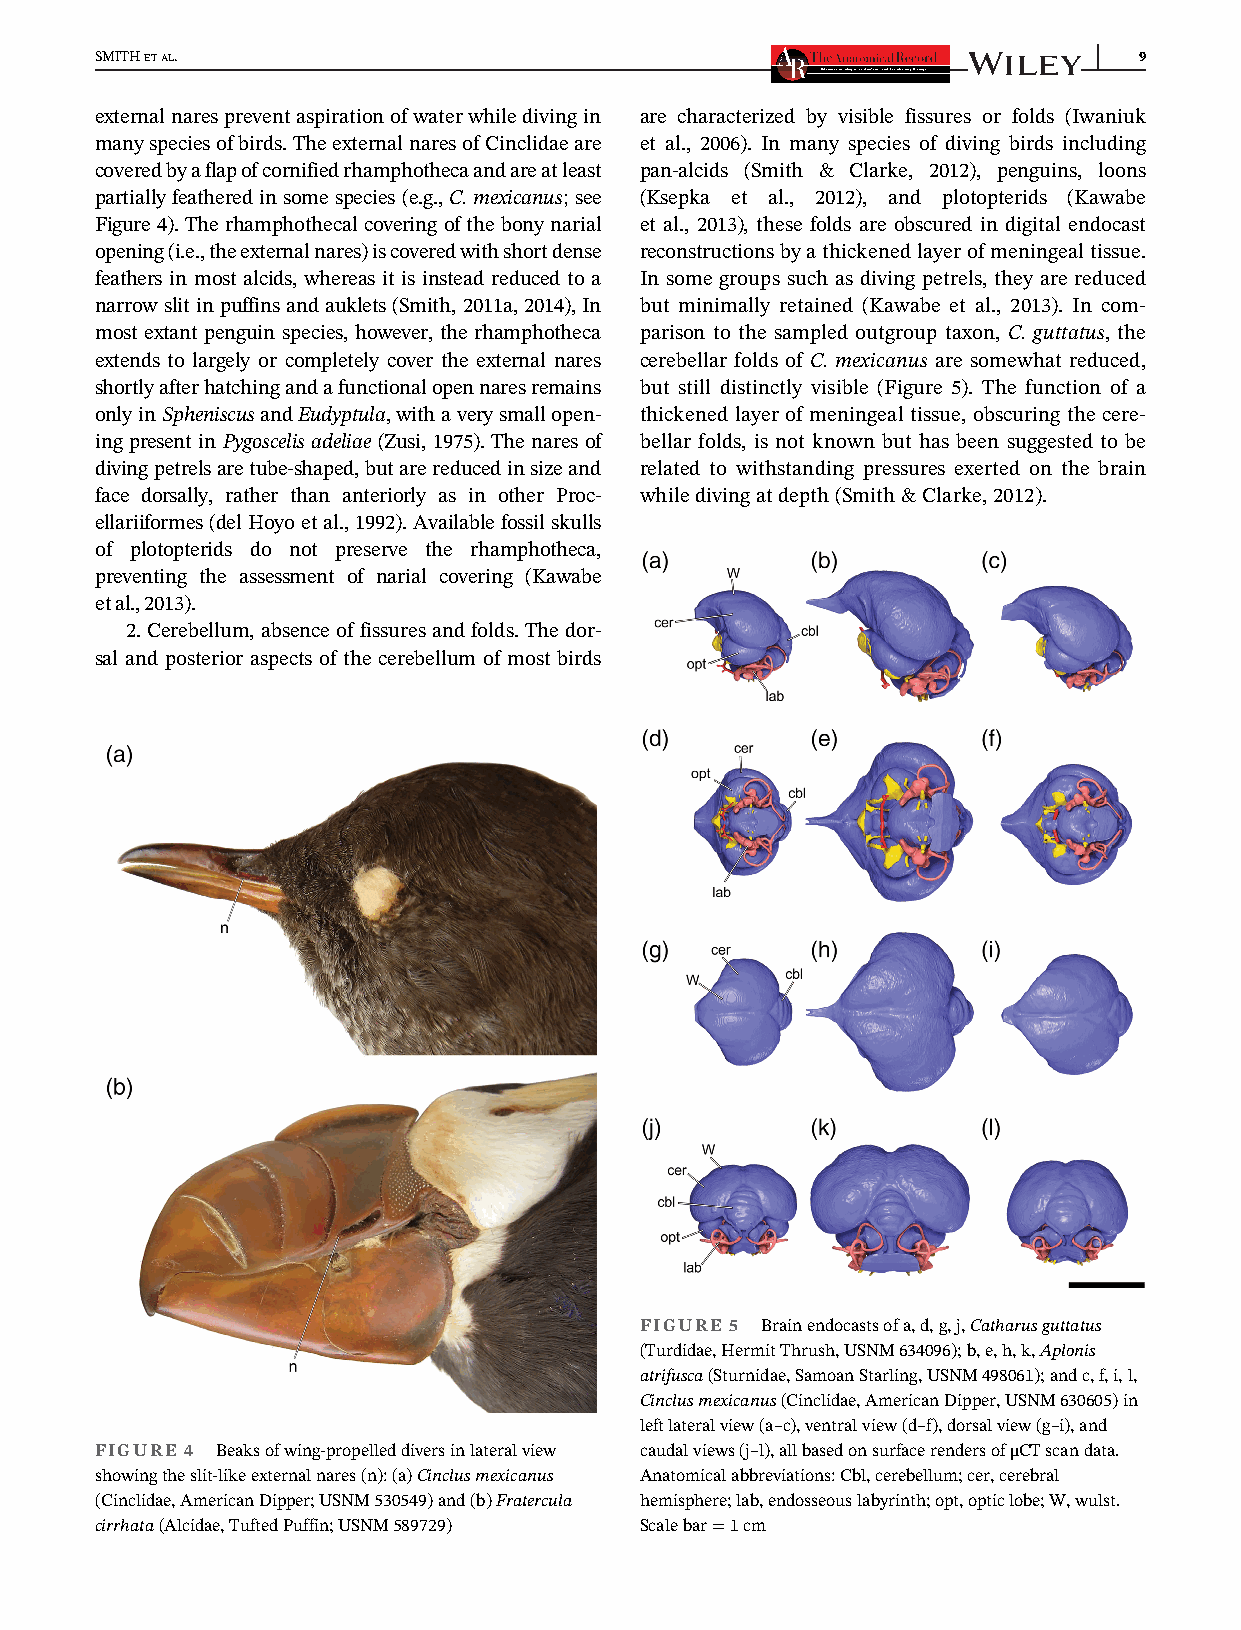
SMITHETAL.                                                           9
 externalnarespreventaspirationofwaterwhiledivingin are characterized by visible fissures or folds (Iwaniuk
 manyspeciesofbirds.TheexternalnaresofCinclidaeare et al., 2006). In many species of diving birds including
 coveredbyaflapofcornifiedrhamphothecaandareatleast pan-alcids (Smith & Clarke, 2012), penguins, loons
 partially featheredinsomespecies (e.g., C.mexicanus; see (Ksepka et al., 2012), and plotopterids (Kawabe
 Figure 4). The rhamphothecal covering of the bony narial et al., 2013), these folds are obscured in digital endocast
 opening(i.e.,theexternalnares)iscoveredwithshortdense reconstructionsbyathickenedlayerofmeningealtissue.
 feathers in most alcids, whereas it is instead reduced to a In some groups such as diving petrels, they are reduced
 narrow slitinpuffins and auklets (Smith,2011a,2014),In but minimally retained (Kawabe et al., 2013). In com-
 most extant penguin species, however, the rhamphotheca parison to the sampled outgroup taxon, C. guttatus, the
 extends to largely or completely cover the external nares cerebellar folds of C. mexicanus are somewhat reduced,
 shortlyafterhatchingandafunctionalopennaresremains but still distinctly visible (Figure 5). The function of a
 onlyinSpheniscusandEudyptula,withaverysmallopen- thickened layer of meningeal tissue, obscuring the cere-
 ing present in Pygoscelis adeliae (Zusi, 1975). The nares of bellar folds, is not known but has been suggested to be
 divingpetrelsaretube-shaped,butarereducedinsizeand related to withstanding pressures exerted on the brain
 face dorsally, rather than anteriorly as in other Proc- whiledivingatdepth(Smith&Clarke,2012).
 ellariiformes (delHoyoetal.,1992). Available fossilskulls
 of plotopterids do not preserve the rhamphotheca,
 preventing the assessment of narial covering (Kawabe
 etal.,2013).
 2. Cerebellum, absence of fissures and folds. The dor-
 sal and posterior aspects of the cerebellum of most birds
 FIGURE 5 Brainendocastsofa,d,g,j,Catharusguttatus
 (Turdidae,HermitThrush,USNM634096);b,e,h,k,Aplonis
 atrifusca(Sturnidae,SamoanStarling,USNM498061);andc,f,i,l,
 Cinclusmexicanus(Cinclidae,AmericanDipper,USNM630605)in
 leftlateralview(a–c),ventralview(d–f),dorsalview(g–i),and
 FIGURE 4 Beaksofwing-propelleddiversinlateralview caudalviews(j–l),allbasedonsurfacerendersofμCTscandata.
 showingtheslit-likeexternalnares(n):(a)Cinclusmexicanus Anatomicalabbreviations:Cbl,cerebellum;cer,cerebral
 (Cinclidae,AmericanDipper;USNM530549)and(b)Fratercula hemisphere;lab,endosseouslabyrinth;opt,opticlobe;W,wulst.
 cirrhata(Alcidae,TuftedPuffin;USNM589729) Scalebar=1cm